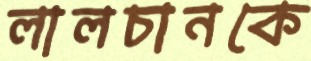
লালচানকে